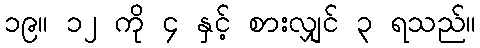
၁၉။ ၁၂ ကို ၄ နှင့် စားလျှင် ၃ ရသည်။